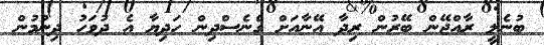
ބުނެލީ ރާއްޖޭން ބޭރުން ރިދާ އޭނާއަށް ގެނެސްދިން ހަދިޔާ އެ ދުވަހު ދިނުމުން